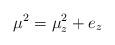
LaTeX: \begin{align*}\mu^2 = \mu^2_z+e_z\end{align*}